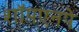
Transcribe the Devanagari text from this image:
शॉपएनपे